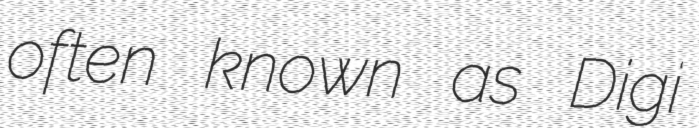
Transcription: often known as Digi